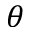
\theta